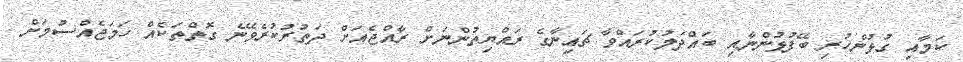
ކަމާއި ގުޅުންހުރި ބޭފުޅުންނާއި ބައްދަލުކުރައްވާ ޗައިނާގެ ރައްޔިތުންނަށް ރާއްޖެއަށް ދަތުރުކުރެވޭނެ ގޮތްތަކެއް ހަމަޖެއްސުމަށް